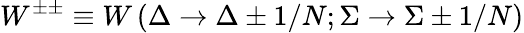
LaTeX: W^{\pm\pm}\equiv W\left(\Delta\to\Delta\pm 1/N;\Sigma\to\Sigma\pm 1/N\right)